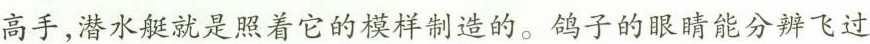
高手，潜水艇就是照着它的模样制造的。鸽子的眼睛能分辨飞过